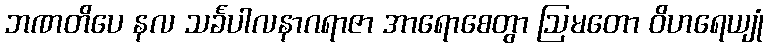
ဘဏတိပေ နလ သင်္ခပါလနာဂရာဇာ အာရောစေတွာ ဩမတော ဝိဟရေယျုံ